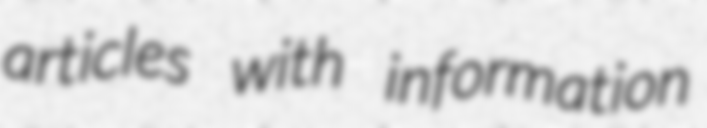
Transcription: articles with information